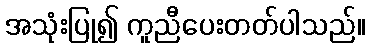
အသုံးပြု၍ ကူညီပေးတတ်ပါသည်။